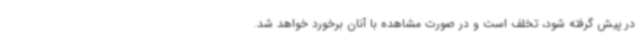
در پیش گرفته شود، تخلف است و در صورت مشاهده با آنان برخورد خواهد شد.